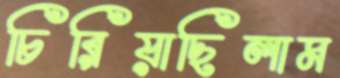
চিরিয়াছিলাম